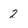
Character: 2